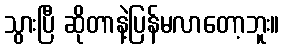
သွားပြီ ဆိုတာနဲ့ပြန်မလာတော့ဘူး။